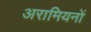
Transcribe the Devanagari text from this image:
अरामियनों